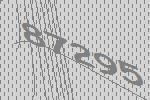
87295